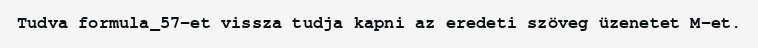
Tudva formula_57-et vissza tudja kapni az eredeti szöveg üzenetet M-et.